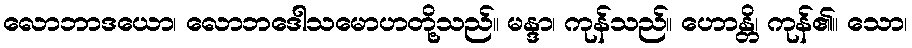
လောဘာဒယော၊ လောဘဒေါသမောဟတို့သည်။ မန္ဒာ၊ ကုန်သည်။ ဟောန္တိ၊ ကုန်၏။ သော၊